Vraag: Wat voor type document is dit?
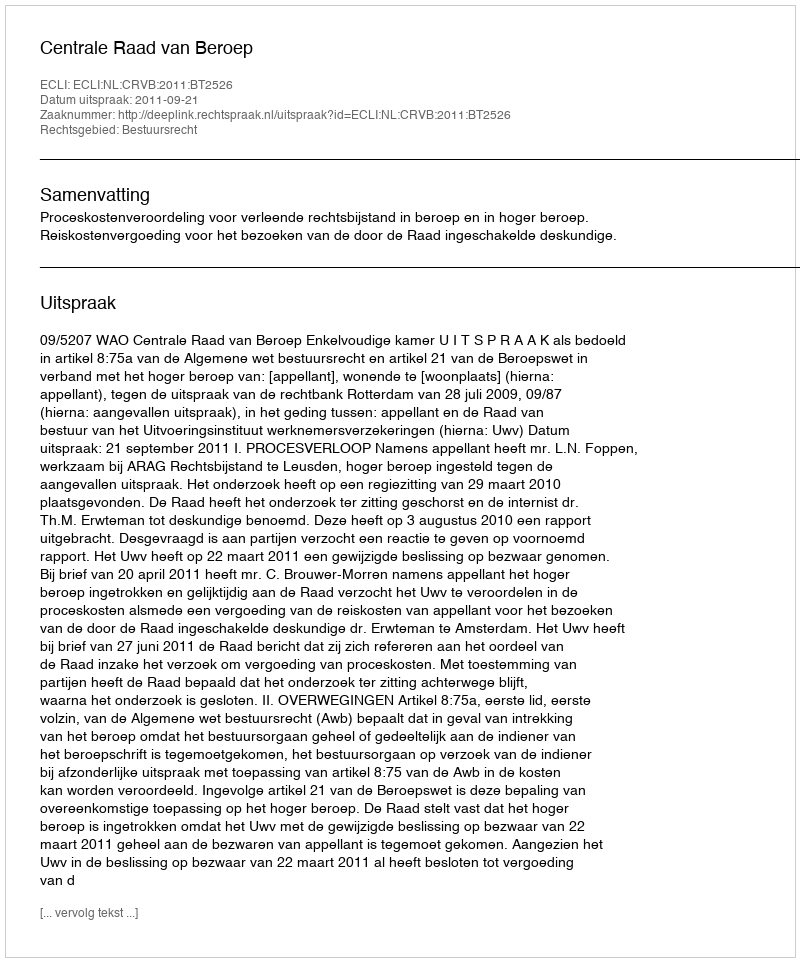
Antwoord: Uitspraak